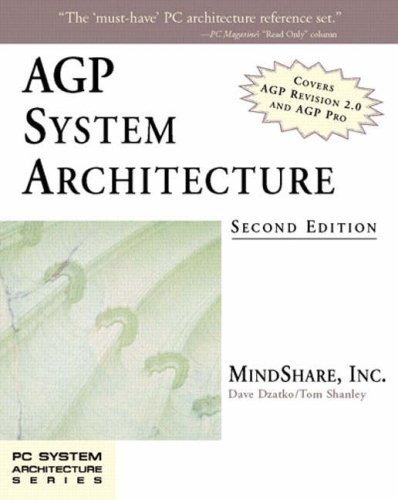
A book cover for AGP System Architecture (2nd Edition); MindShare  Inc.; Computers & Technology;